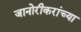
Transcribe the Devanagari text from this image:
जानोरीकरांच्या